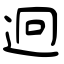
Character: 迥